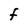
Character: f